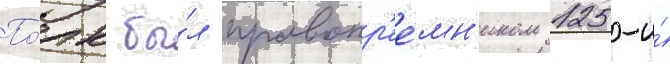
По́лк бы́л правопр'ее́мн'иком 125-и́